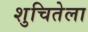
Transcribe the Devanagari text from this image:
शुचितेला